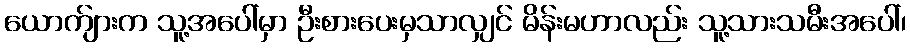
ယောက်ျားက သူ့အပေါ်မှာ ဦးစားပေးမှသာလျှင် မိန်းမဟာလည်း သူ့သားသမီးအပေါ်၊